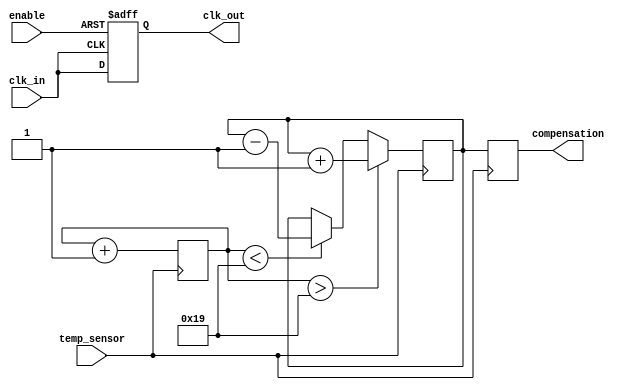
module TempCompClockBuffer (
    input wire clk_in,          // Input clock signal
    input wire temp_sensor,     // Temperature sensor input (digital)
    input wire enable,          // Enable signal for power management
    output reg clk_out,         // Buffered clock output
    output reg [7:0] compensation // Compensation settings based on temperature
);

// Parameters for compensation
parameter TEMP_THRESHOLD = 8'd25; // Example temperature threshold
parameter COMPENSATION_STEP = 8'd1; // Step for compensation adjustment

// Internal signals
reg [7:0] current_temp; // Current temperature reading
reg [7:0] compensation_value; // Current compensation value

// Clock buffering logic
always @(posedge clk_in or negedge enable) begin
    if (!enable) begin
        clk_out <= 1'b0; // Disable output clock when not enabled
    end else begin
        // Adjust clock output based on compensation value
        clk_out <= clk_in; // Simple buffering, can be enhanced with delay adjustments
    end
end

// Temperature compensation logic
always @(posedge temp_sensor) begin
    // Simulated temperature reading (for example purposes)
    current_temp <= current_temp + 1; // Increment temperature for simulation

    // Adjust compensation based on temperature
    if (current_temp > TEMP_THRESHOLD) begin
        compensation_value <= compensation_value + COMPENSATION_STEP; // Increase compensation
    end else if (current_temp < TEMP_THRESHOLD) begin
        compensation_value <= compensation_value - COMPENSATION_STEP; // Decrease compensation
    end

    // Update compensation output
    compensation <= compensation_value;
end

endmodule